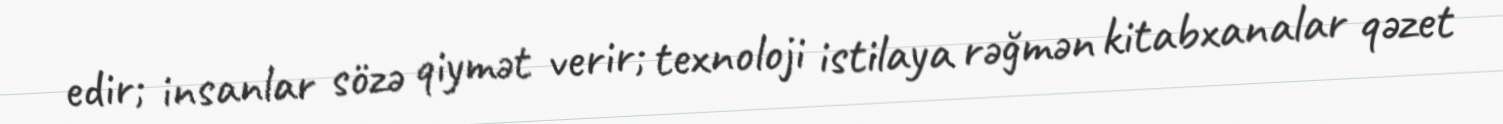
edir; insanlar sözə qiymət verir; texnoloji istilaya rəğmən kitabxanalar qəzet